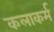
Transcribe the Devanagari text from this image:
कलाकर्म